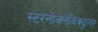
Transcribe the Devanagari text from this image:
स्टरनोक्लेविक्युलर